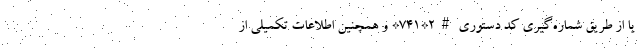
یا از طریق شماره‌گیری کد دستوری #2*741* و همچنین اطلاعات تکمیلی از